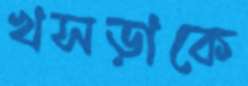
খসড়াকে